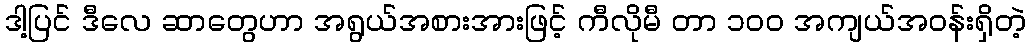
ဒါ့ပြင် ဒီလေ ဆာတွေဟာ အရွယ်အစားအားဖြင့် ကီလိုမီ တာ ၁ဝဝ အကျယ်အဝန်းရှိတဲ့